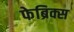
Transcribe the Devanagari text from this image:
फेब्रिक्स